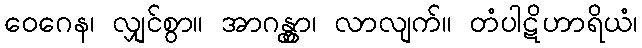
ဝေဂေန၊ လျှင်စွာ။ အာဂန္တွာ၊ လာလျက်။ တံပါဋိဟာရိယံ၊